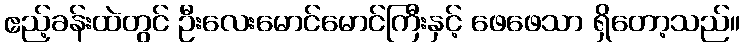
ဧည့်ခန်းထဲတွင် ဦးလေးမောင်မောင်ကြီးနှင့် ဖေဖေသာ ရှိတော့သည်။